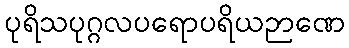
ပုရိသပုဂ္ဂလပရောပရိယဉာဏေ